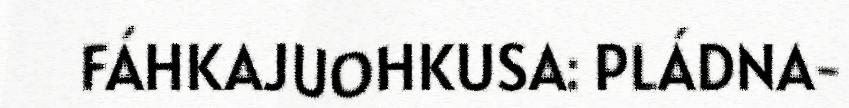
FÁHKAJUOHKUSA: PLÁDNA-